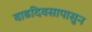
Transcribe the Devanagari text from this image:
वाढदिवसापासुन